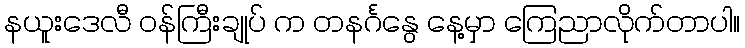
နယူးဒေလီ ဝန်ကြီးချုပ် က တနင်္ဂနွေ နေ့မှာ ကြေညာလိုက်တာပါ။